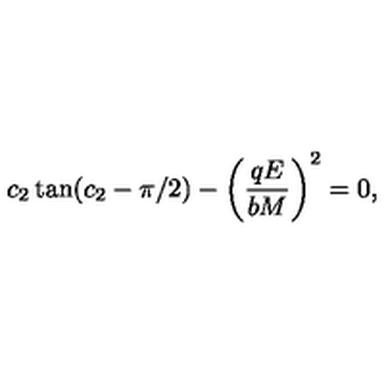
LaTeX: c _ { 2 } \tan ( c _ { 2 } - \pi / 2 ) - \left( \frac { q E } { b M } \right) ^ { 2 } = 0 ,